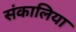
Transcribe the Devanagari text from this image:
संकालिया